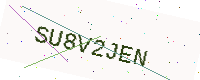
Text: SU8V2JEN